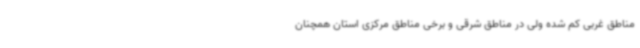
مناطق غربی کم شده ولی در مناطق شرقی و برخی مناطق مرکزی استان همچنان